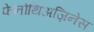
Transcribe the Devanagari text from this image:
फेनोथिअज़िनेस